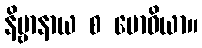
နိဗ္ဗာနာယ စ ဗောဓိယာ။